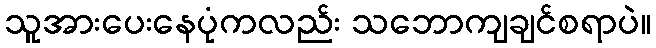
သူအားပေးနေပုံကလည်း သဘောကျချင်စရာပဲ။